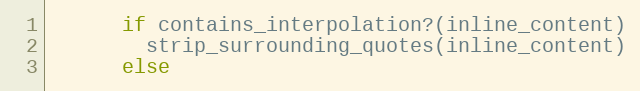
Language: Ruby
      if contains_interpolation?(inline_content)
        strip_surrounding_quotes(inline_content)
      else